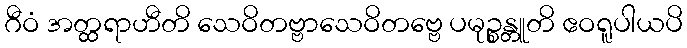
ဂီဝံ အတ္ထရာဟီတိ သေဝိတဗ္ဗာသေဝိတဗ္ဗေ ပမုဉ္စန္တူတိ ဧဝရူပါယပိ